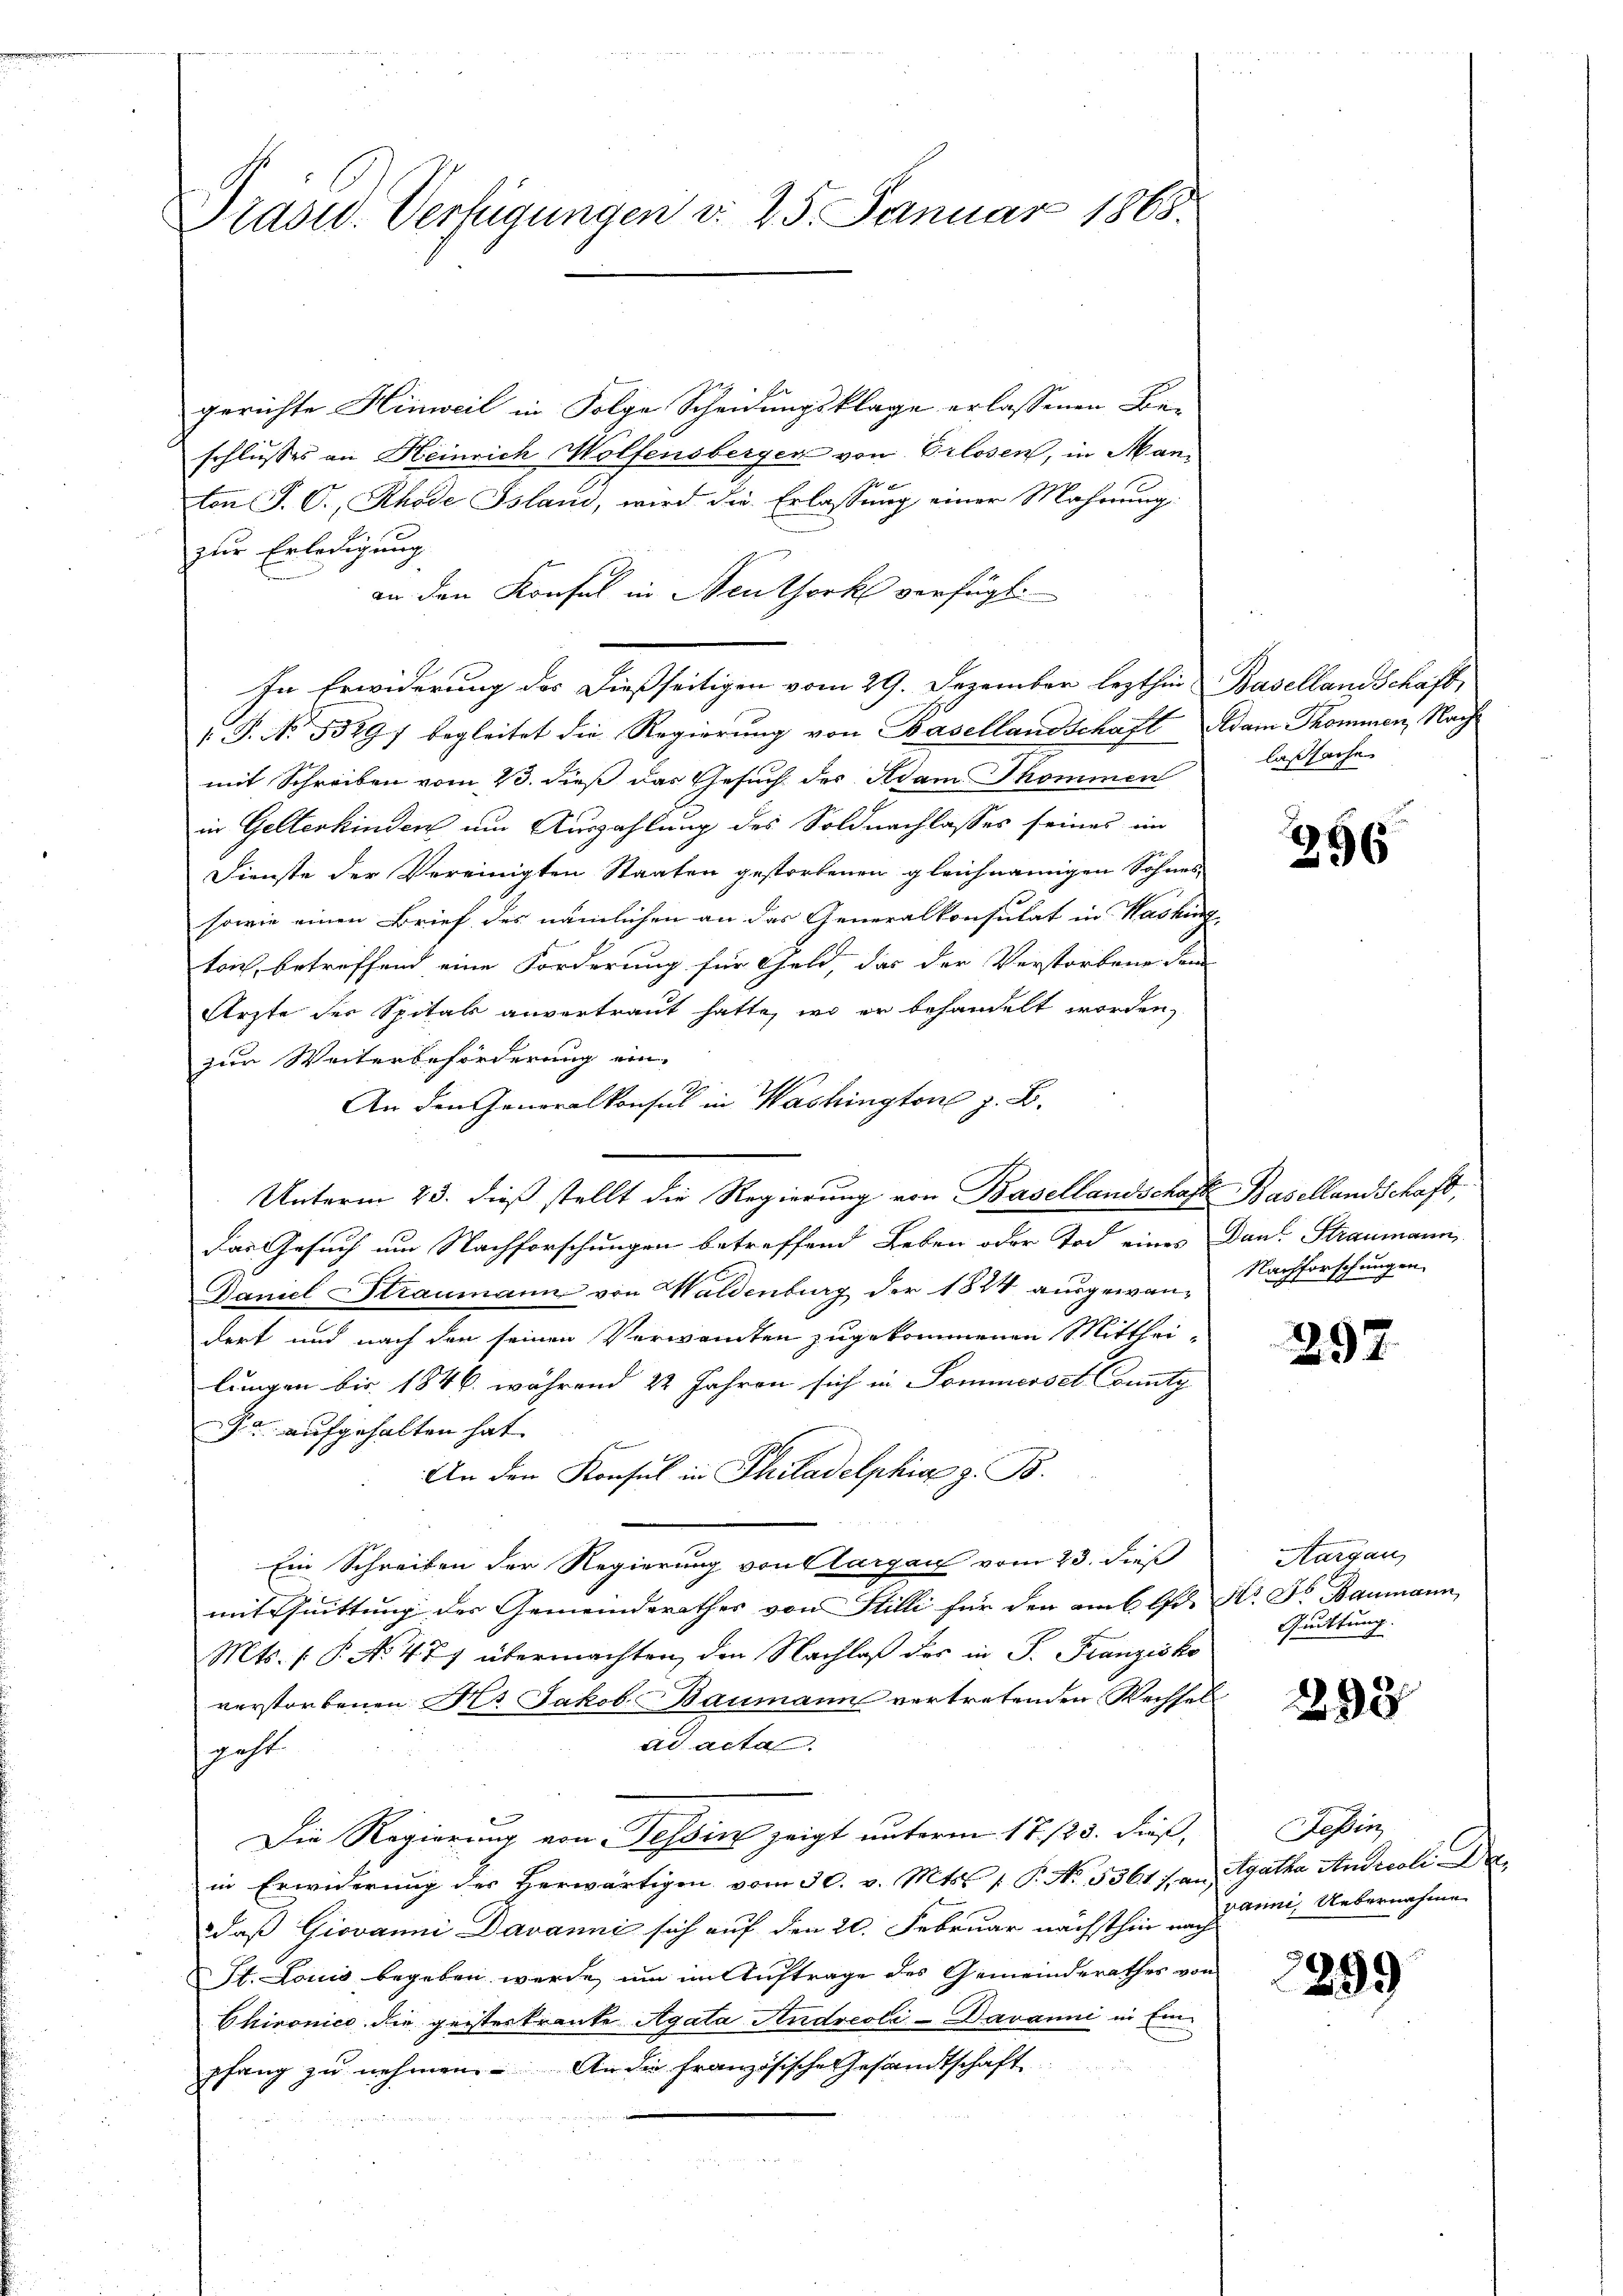
Präsid. Verfügungen d. 25. Januar 1868.

gerichte Hinweil in Folge Scheidungsklage erlassenen Be-
schlusses an Heinrich Wolfensberger von Erlosen, in Manton P. O., Rhode Island, wird die Erlassung einer Mahnung
zur Erledigung
an den Konfel in Neuthork verfügt:
In Erwiderung des dießseitigen vom 29. Dezember lezthin Baselland Schaft,
1.P. No 1329) begleitet die Regierung von Basellandschaft Adam Thommen, Nachmit Schreiben vom 23. dieß das Gesuch des Adam Thommen
in Gelterkinden um Auszahlung des Soldnachlasses seines im
Dienste der Vereinigten Staaten gestorbenen gleichnamigen Sohnes-
sowie einen Brief des nämlichen an das Generalkonsulat in Washing
trich, betreffend eine Forderung für Geld, das der Verstorbene dem
Ärzte der Spital anvertraut hatte, wo er behandelt worden,
zur Weiterbeförderung ein
An den Generalkonsul in Washington z. B.
Unterm 23. dieß stellt die Regierung von Basellandschaft Basellandschaft,
das Gesuch um Nachforschungen betreffend Leben oder Tod eines Dank. Straumann
Daniel Straumann von Waldenburg der 1824 ausgewan-Nachforschungen
dert und nach der seinen Verwandten zugekommenen Mittheilungen bis 1846. während 22 Jahren sich in Sommerset County
Ja. aufgehalten hat.
An den Konsul in Philadelphiae z. B.
Ein Schreiben der Regierung von Aargau vom 23. dieß
mit Quittung der Gemeindsrathes von Stilli für den am 6. A. Hr. Dr Baumann
Mts. ( P. No. 477 übermachten, den Nachlaß des in P. Franzisko
verstorbenen Hs. Jakob Baumann vertretenden Wechsel
ad acta
geht
Die Regierung von Tessin zeigt unterm 17./25. dieß,
in Erwiderung des Herwärtigen vom 30. v. Mts. f. P. No. 5361/ an Agatha Andreoli Dr.
daß Giovanni Davanni sich auf den 20. Februar nächsthin ein Uebernahmen
St. Louis begeben werde, um im Auftrage des Gemeinderathes von
Chironico die geisteskrante Agata Andreoli-Davanni in Einpfang zu nehmen. An die französische Gesandtschaft

laßsache

296

397

Aargau,
Quittung.

298

Tessin

2299